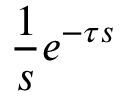
{ \frac { 1 } { s } } e ^ { - \tau s }